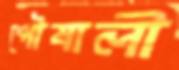
পৌষালী